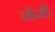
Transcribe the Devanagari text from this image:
जेर्जी